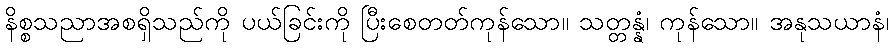
နိစ္စသညာအစရှိသည်ကို ပယ်ခြင်းကို ပြီးစေတတ်ကုန်သော။ သတ္တန္နံ၊ ကုန်သော။ အနုသယာနံ၊